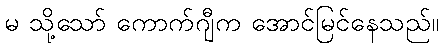
မ သို့သော် ကောက်ဂျီက အောင်မြင်နေသည်။